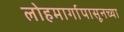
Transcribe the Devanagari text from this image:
लोहमार्गापासूनच्या